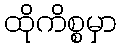
ထိုကိစ္စမှာ